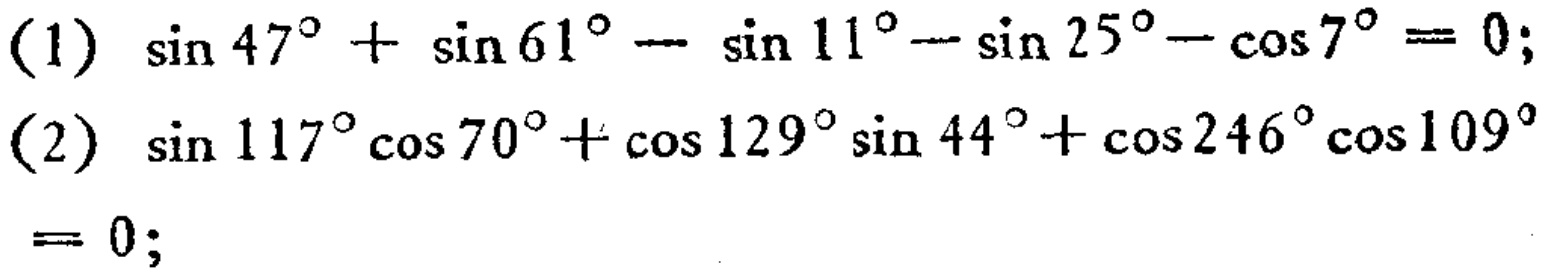
(1) \(\sin 47^{\circ}+\sin 61^{\circ}-\sin 11^{\circ}-\sin 25^{\circ}-\cos 7^{\circ}=0\);

(2) \(\sin 117^{\circ}\cos 70^{\circ}+\cos 129^{\circ}\sin 44^{\circ}+\cos 246^{\circ}\cos 109^{\circ}=0\);